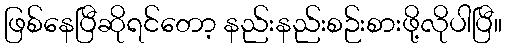
ဖြစ်နေပြီဆိုရင်တော့ နည်းနည်းစဉ်းစားဖို့လိုပါပြီ။